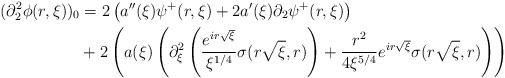
LaTeX: \begin{align*} (\partial_{2}^{2}\phi(r,\xi))_{0} &= 2 \left(a''(\xi) \psi^{+}(r,\xi) + 2 a'(\xi) \partial_{2}\psi^{+}(r,\xi)\right)\\&+2 \left(a(\xi)\left(\partial_{\xi}^{2}\left(\frac{e^{i r \sqrt{\xi}}}{\xi^{1/4}} \sigma(r\sqrt{\xi},r)\right)+\frac{r^{2}}{4 \xi^{5/4}}e^{ir\sqrt{\xi}} \sigma(r\sqrt{\xi},r)\right)\right)\end{align*}